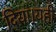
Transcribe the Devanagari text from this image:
दिया।यही